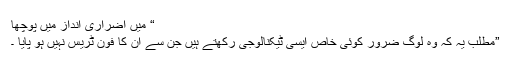
“ میں اضراری انداز میں پوچھا
”مطلب یہ کہ وہ لوگ ضرور کوئی خاص ایسی ٹیکنالوجی رکھتے ہیں جن سے ان کا فون ٹریس نہیں ہو پایا ۔